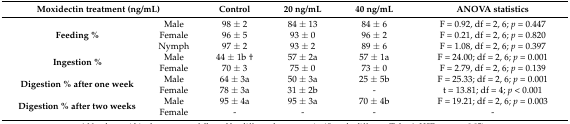
| <COLSPAN=2> Moxidectin treatment (ng/mL) | Control | 20 ng/mL | 40 ng/mL | ANOVA statistics |
 | --- | --- | --- | --- | --- | --- |
 | <ROWSPAN=3> Feeding % | Male | 98 ± 2 | 84 ± 13 | 84 ± 6 | F = 0.92, df = 2, 6; p = 0.447 |
 | Female | 96 ± 5 | 93 ± 0 | 96 ± 2 | F = 0.21, df = 2, 6; p = 0.820 |
 | Nymph | 97 ± 2 | 93 ± 2 | 89 ± 6 | F = 1.08, df = 2, 6; p = 0.397 |
 | <ROWSPAN=2> Ingestion % | Male | 44 ± 1b † | 57 ± 2a | 57 ± 1a | F = 24.00; df = 2, 6; p = 0.001 |
 | Female | 70 ± 3 | 75 ± 0 | 73 ± 0 | F = 2.79, df = 2, 6; p = 0.139 |
 | <ROWSPAN=2> Digestion % after one week | Male | 64 ± 3a | 50 ± 3a | 25 ± 5b | F = 25.33; df = 2, 6; p = 0.001 |
 | Female | 78 ± 3a | 31 ± 2b | - | t = 13.81; df = 4; p < 0.001 |
 | <ROWSPAN=2> Digestion % after two weeks | Male | 95 ± 4a | 95 ± 3a | 70 ± 4b | F = 19.21; df = 2, 6; p = 0.003 |
 | Female | - | - | - | - |